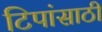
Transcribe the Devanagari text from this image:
टिपांसाठी